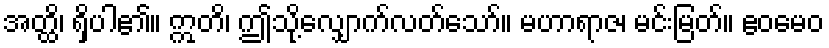
အတ္ထိ၊ ရှိပါ၏။ ဣတိ၊ ဤသို့လျှောက်လတ်သော်။ မဟာရာဇ၊ မင်းမြတ်။ ဧဝမေဝ